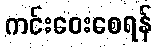
ကင်းဝေးစေရန်